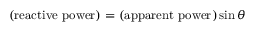
{ \mathrm { ( r e a c t i v e ~ p o w e r ) } } = { \mathrm { ( a p p a r e n t ~ p o w e r ) } } \sin \theta